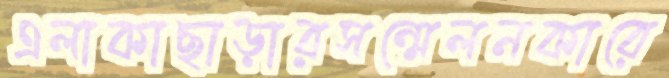
এলাকাছাড়ারসন্মেলনকারে